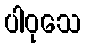
ပါဝုသေ